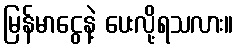
မြန်မာငွေနဲ့ ပေးလို့ရသလား။